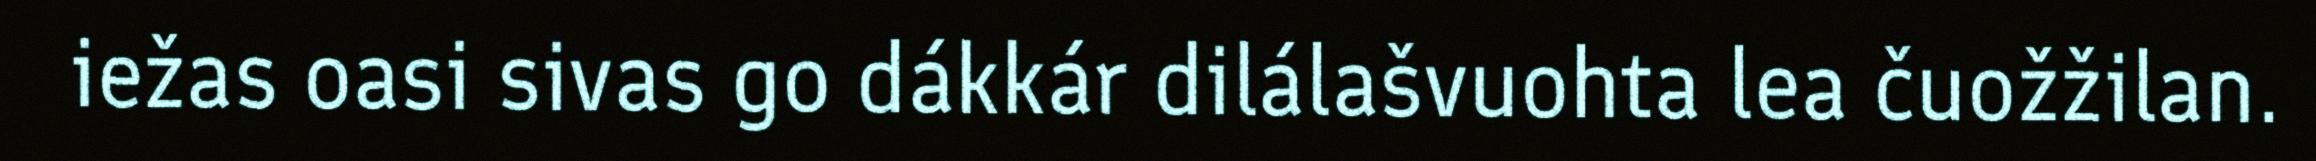
iežas oasi sivas go dákkár dilálašvuohta lea čuožžilan.